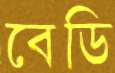
বেডি